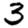
Digit: 3